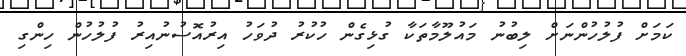
ކަމަށް ފުލުހުންނަށް ލިބުނު މައުލޫމާތަކާ ގުޅިގެން ހުކުރު ދުވަހު އިރުއޮސުނުއިރު ފުލުހުން ހިންގި